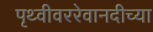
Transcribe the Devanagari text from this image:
पृथ्वीवररेवानदीच्या